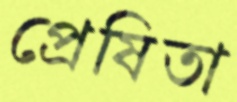
প্রেষিতা